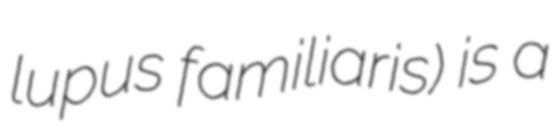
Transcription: lupus familiaris) is a